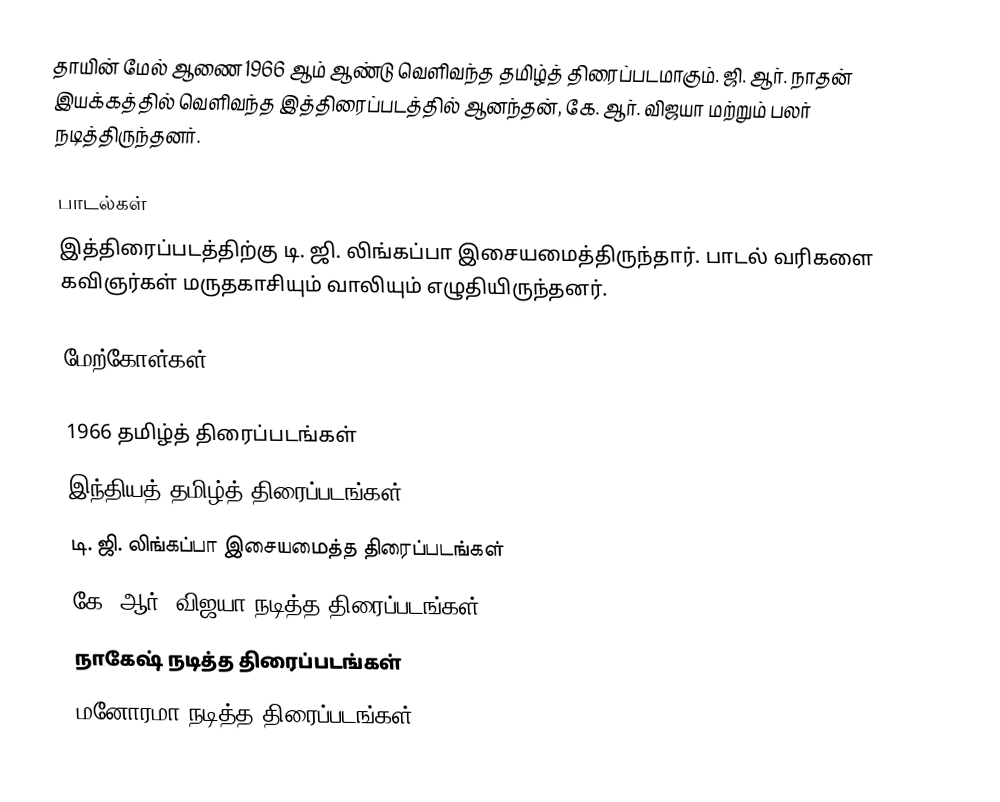
தாயின் மேல் ஆணை 1966 ஆம் ஆண்டு வெளிவந்த தமிழ்த் திரைப்படமாகும். ஜி. ஆர். நாதன் இயக்கத்தில் வெளிவந்த இத்திரைப்படத்தில் ஆனந்தன், கே. ஆர். விஜயா மற்றும் பலர் நடித்திருந்தனர்.

பாடல்கள்
இத்திரைப்படத்திற்கு டி. ஜி. லிங்கப்பா இசையமைத்திருந்தார். பாடல் வரிகளை கவிஞர்கள் மருதகாசியும் வாலியும் எழுதியிருந்தனர்.

மேற்கோள்கள்

1966 தமிழ்த் திரைப்படங்கள்
இந்தியத் தமிழ்த் திரைப்படங்கள்
டி. ஜி. லிங்கப்பா இசையமைத்த திரைப்படங்கள்
கே. ஆர். விஜயா நடித்த திரைப்படங்கள்
நாகேஷ் நடித்த திரைப்படங்கள்
மனோரமா நடித்த திரைப்படங்கள்